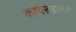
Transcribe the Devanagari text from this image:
कोथरूडमध्ये